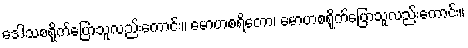
ဒေါသစရိုက်ပြောသူလည်းကောင်း။ မောဟစရိတော၊ မောဟစရိုက်ပြောသူလည်းကောင်း။